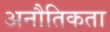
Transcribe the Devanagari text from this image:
अनौतिकता